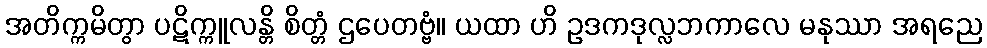
အတိက္ကမိတွာ ပဋိက္ကူလန္တိ စိတ္တံ ဌပေတဗ္ဗံ။ ယထာ ဟိ ဥဒကဒုလ္လဘကာလေ မနုဿာ အရညေ